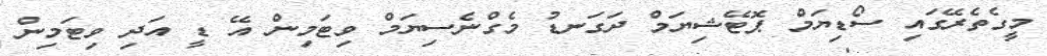
މީގެތެރޭގައި ސޯޑިޔަމް ޕޮޓޭޝިޔަމް ދަގަނޑު މެގްނެސިޔަމް ވިޓަމިން އޭ ޑީ އަދި ވިޓަމިން